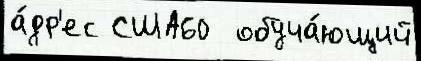
а́др'ес США60  обуча́ющий